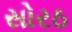
સોરઠ